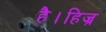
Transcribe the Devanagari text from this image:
है।हिज्र